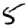
Digit: 5